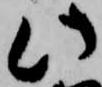
此